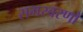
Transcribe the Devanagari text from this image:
समस्वरणों